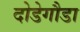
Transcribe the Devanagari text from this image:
दोडेगौडा